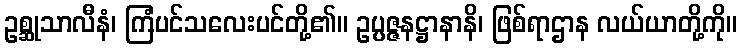
ဥစ္ဆုသာလီနံ၊ ကြံပင်သလေးပင်တို့၏။ ဥပ္ပဇ္ဇနဋ္ဌာနာနိ၊ ဖြစ်ရာဌာန လယ်ယာတို့ကို။